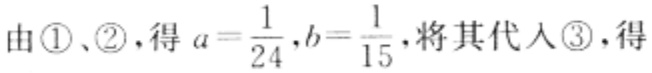
由\textcircled{1}、\textcircled{2}，得\(a = \frac{1}{24},b = \frac{1}{15}\)，将其代入\textcircled{3}，得